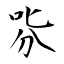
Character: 哛